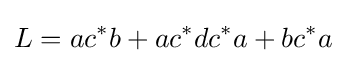
L=ac^{*}b+ac^{*}dc^{*}a+bc^{*}a